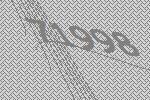
71998